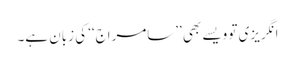
انگریزی تو ویسے بھی ’’سامراج‘‘ کی زبان ہے۔